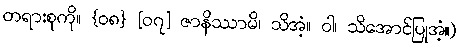
တရားစုကို။ {၀၈} [၀၇] ဇာနိဿာမိ၊ သိအံ့။ ဝါ၊ သိအောင်ပြုအံ့။)